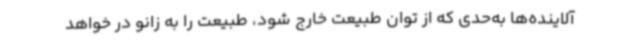
آلاینده‌ها به‌حدی که از توان طبیعت خارج شود، طبیعت را به زانو در خواهد